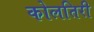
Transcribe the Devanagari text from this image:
कोलतिरी